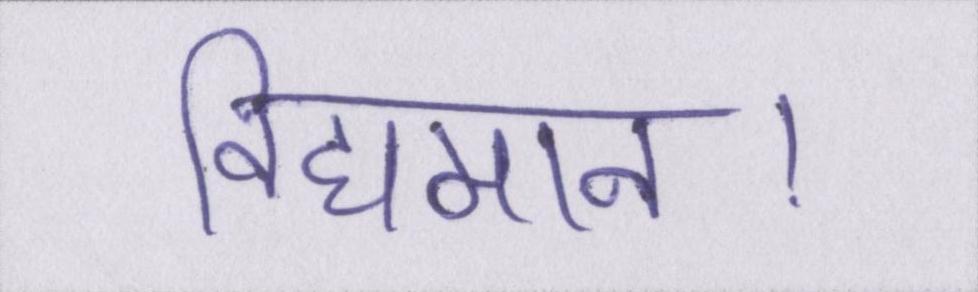
विद्यमान।